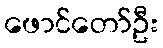
ဖောင်တော်ဦး